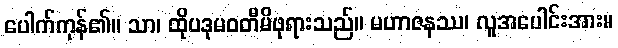
ပေါက်ကုန်၏။ သာ၊ ထိုပဒုမဝတီမိဖုရားသည်။ မဟာဇနဿ၊ လူအပေါင်းအား။